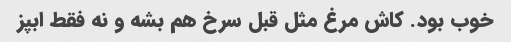
خوب بود. کاش مرغ مثل قبل سرخ هم بشه و نه فقط ابپز